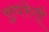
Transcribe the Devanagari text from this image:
सुधरेगी